Document type: Anniversary endowment
Year: 1486
Scribe: Bartomeu Masons
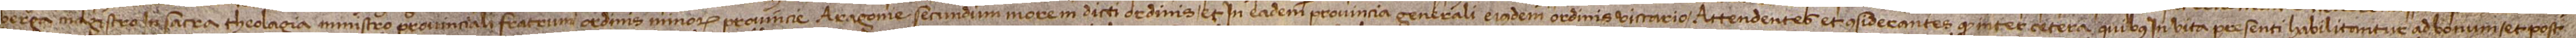
Berga, magistro in sacra theologia, ministro provinciali fratrum ordinis minorum provincie Aragonie, secundum more in dicti ordinis et in eadem provincia generali eiusdem ordinis viccario, attendentes et considerantes quod inter cetera quibus in vita presenti habilitantur ad bonum et post